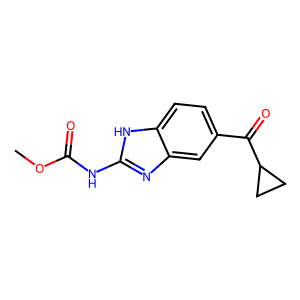
SMILES: COC(=O)Nc1nc2cc(C(=O)C3CC3)ccc2[nH]1
Inhibits HIV replication: No